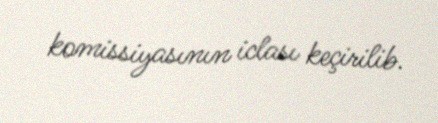
komissiyasının iclası keçirilib.